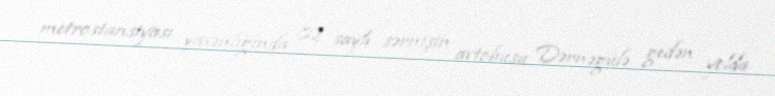
metrostansiyası yaxınlığında 82 saylı sərnişin avtobusu Dərnəgülə gedən yolda